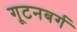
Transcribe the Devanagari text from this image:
गूटनबर्ग